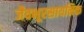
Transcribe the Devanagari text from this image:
जैवभूरसायनिक